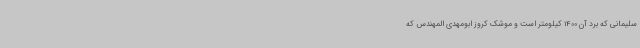
سلیمانی که برد آن 1400 کیلومتر است و موشک کروز ابومهدی المهندس که